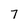
Character: 7